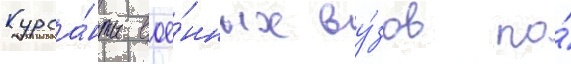
Курса́нты вое́нных ву́зов по́